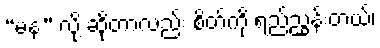
“မန” လို့ ဆိုတာလည်း စိတ်ကို ရည်ညွှန်းတယ်၊